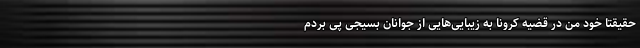
حقیقتا خود من در قضیه کرونا به زیبایی‌هایی از جوانان بسیجی پی بردم